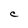
Character: C